[Report on the health of British troops in the Madras command]
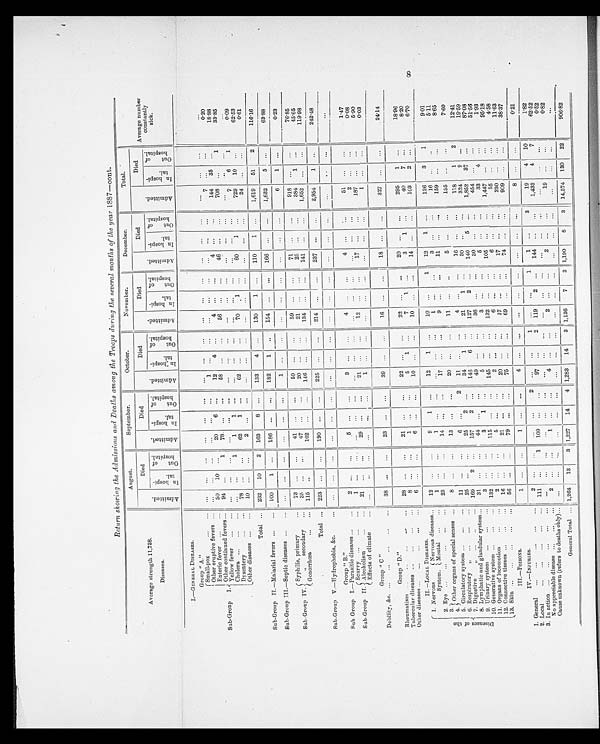
Return showing the Admissions arid Deaths among the Troops during the several months of the year 1887-cont.
Average strength 11,738.
Diseases.
August.
September.
October.
November.
December.
Total.
Average number
constantly
sick.
A d m i t t e d
Died
A d m i t e d
Died
A d m i t t e d .
Died
A d m i t t e d
Died
A d m i t t e d .
Died
A d m i t t e d .
‹ !
Died
i n a h o s p i t al
O u t o f h o s p i t a l .
I n h o s p i t al
O u t o f h o s p i t a l
I n h o s p i t a l .
O u t o f h o s p i t a l .
I n h o s p i t a l . O u t o f h o s p i t a l .
I n h o s p i t a l .
O u t o f h o s p i t a l .
I n h o s p i t a l .
O u t o f h o s p i t a l .
I.-GENERAL DISEASES.
Group " A."
Small-pox
Other eruptive fevers
...
...
. . . .
...
,
. . 1
1
7
0.20
Enteric fever ...
50
10
20
6 ...
12
4 ...
4
.
4 ...
144
35
...
18'88
Other continued fevers ...
Sub-Group I.
94
...
78
...
58
...
56
...
...
46
...
...
708
...
1
33.85
Yellow fever
Cholera ...
..
...
...
1
1
1
...
. .
...
. . .
...
. . .
.
. .
. . .
7
6
. . .
1
0.09
I Dysentery
...
78
...
...
62
1
...
62
...
...
70
1
...
60
1
...
729
10 ...
62.53
.
Other diseases ...
...
10 ...
. .
.
...
...
...
...
.
...
24
...
...
0'6
Total ...
232
10
2
163
8
...
133
4
...
130
1
...
110
1
...
1,619
51
116.16
Sub-Group II.-Malarial fevers
...
100
1
...
186
...
...
182
1
154
.
.
166
...
...
1,632
5 ...
63.88
Sub-Group III. Septic diseases ...
. . .
. 1
...
...
...
...
...
...
...
...
6
1
023
-
...
41
...
...
59
...
...
59
...
...
71
...
918
...
76.85
Syphilis, primary
...
73
Sub-Grunp IV.
"
secondary
Gonorrhoea
35
115
...
...
47
102
...
...
...
20
...
146
...
...
...
21
...
134
...
...
...
...
141
...
...
384
1,652
1
...
...
45.65
...
119.98
Total ...
223
...
...
190
...
...
225
...
...
214
...
237
...
...
2,954
1
...
242.48
Sub-Group V.-Hydrophobia, &c.
. .
.
. . .
. . ...
...
...
...
...
...
...
...
...
.
. .
..
...
,..
Group " B.
Sub Group I.-Parasitic diseases ...
...
2
,..
5
...3 .
.
...
4
51
...
...
1.47
Scurvy ...
...
...
1
.
...
...
...
...
2
. . .
...
0.08
Sub-Group II. Alcoholism
...
...
21
29
...
...
21
...
12
.
..,
17
...
...
187
...
...
5.90
Effects of climat
..
...
...
... ...
1
. .
. . .
003
Group " C "
D ebi lity, &c.
...
...
...
...
38
...
...
23
...
...
39
...
...
16
...
...
18
...
327
...
...
24.14
Group "D."
Rheumatism ...
...
...
28 ...
...
21
22
...
20
...
...
295
1
...
18.96
Tubercular diseases ...
...
...
...
1
. . . .
5
1 ...
7
1
3
1
...
40
7
...
8.20
Other diseases ...
...
...
...
6
...
10 ...
...
10
14
...
103
2
...
6.70
II. -LOCAL DISEASES.
1 1. Nervous
Nervous diseases...
12
... ... 9 1 12
1
.
10
1
12
1
...
126
3
1
9.01
System, . Mental ...
2, Eye
1
23
1
...
' ' .
1417 ..
...
1
...
3
11
...
...
...
16
159
...
...
..
5.11
...
8.65
3. Other organs of special senses
8
13
20
...
...
11
...
5
...
155
...
...
7.60
4.
Diseases
o f t h e
5. Circulatory system .
...
...
6. Respiratory „
...
...
...
11
25
...
...
6
...
2
...
25
2
...
11
34
4
1
...
21
1
...
...
16
30
...
...
118
324
1
9
2
12.41
..
19.59
0
7 Di gesti ve ,..
8 8. Lymphatic and glandular system,..
169
31.
2
157
2
...
...
...
44 ...
146
49
127
...
...
36
2
...
...
140
30
...
...
...
1,852
454
37
...
...
87.08
I
..,
51.56
9. Urinary system
...
.
3
..
3
1
...
)
5
...
..
3
5
...
33
4
1.93
10. Generative system ...
,..
...
132
...
...
115
...
...
145
...
...
132
...
105
...
...
1,447
...
...
95.18
11. Organs of locomotion
...
...
2
...
..
2
6
6 ...
55
. . .
...
4.58
12. Connective tissues .
...
...
16
...
...
21
20
...
17
.
...
17
230
...
... 11.63
13, Skin ..
...
.
...
...
56
...
...
79
...
...
75
...
...
69
74
...
...
909
...
...
38'37
III.-POISONs,
1
4
. . .
...
.
.
.
8
0.21
IV.-INJURIES.
l
2
...
...
1
...
...
1
1 ...
3
19
4
10
1'82
1. General
...
2. Local
...
...
...
...
111
...
1
109
...
...
97
...
2
119
2
...
144
...
...
1,433
4
7
62.52
3. In action ...
...
...
...
No appreciable disease ...
...
...
...
1
...
2
...
...
...
19
. . .
...
0.52
...
0.82
Cause unknown (refers to deaths only)...
...
...
..
. . .
...
. . .
...
General Total ..„ 1,264
13
3 1,227
14
4 1,283
14
3 1,136
7
2 1,190
8
3
14,574
130
22
906.82